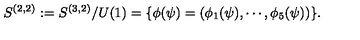
S ^ { ( 2 , 2 ) } : = S ^ { ( 3 , 2 ) } / U ( 1 ) = \{ \phi ( \psi ) = ( \phi _ { 1 } ( \psi ) , \cdots , \phi _ { 5 } ( \psi ) ) \} .